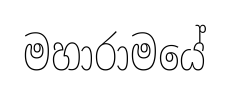
මහාරාමයේ